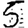
Digit: 5